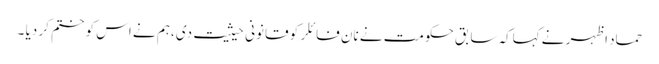
حماد اظہر نے کہاکہ سابق حکومت نے نان فائلر کو قانونی حیثیت دی ،ہم نے اس کو ختم کر دیا ۔